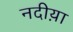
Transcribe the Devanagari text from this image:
नदीय़ा